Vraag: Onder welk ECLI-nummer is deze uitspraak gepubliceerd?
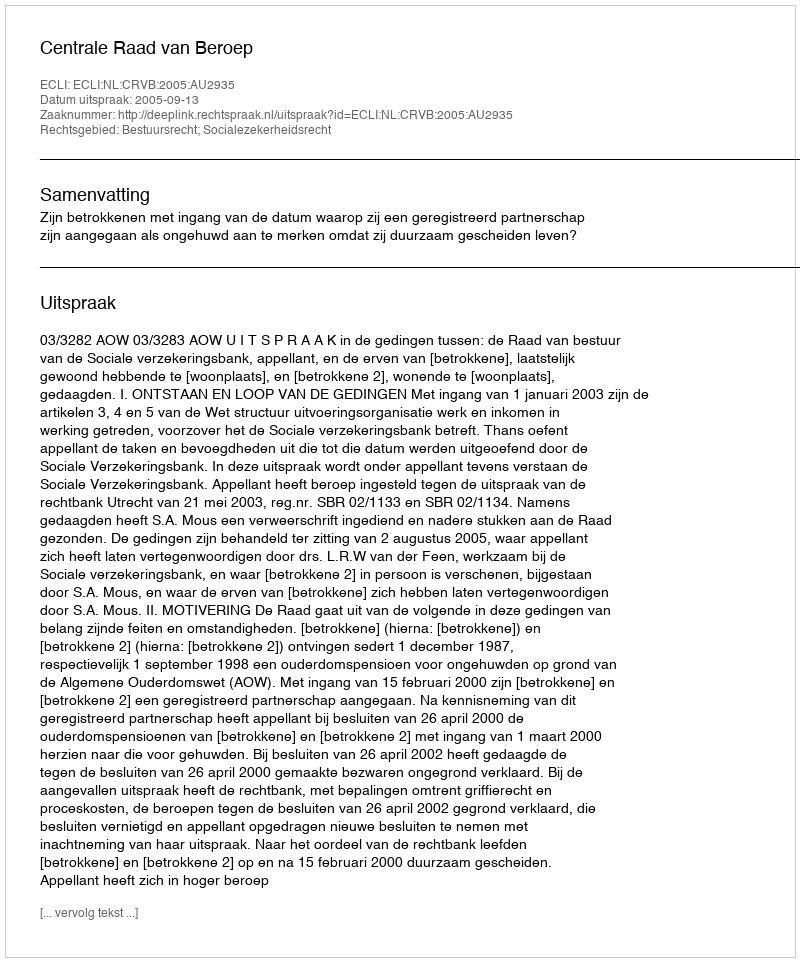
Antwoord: ECLI:NL:CRVB:2005:AU2935